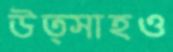
উত্সাহও